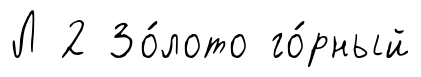
Л 2 Зо́лото го́рный